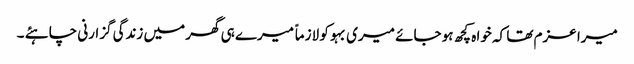
میرا عزم تھا کہ خوا ہ کچھ ہو جائے میری بہو کو لازماً میرے ہی گھر میں زندگی گزارنی چاہئے ۔